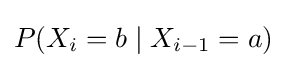
P(X_{i}=b\mid X_{i-1}=a)